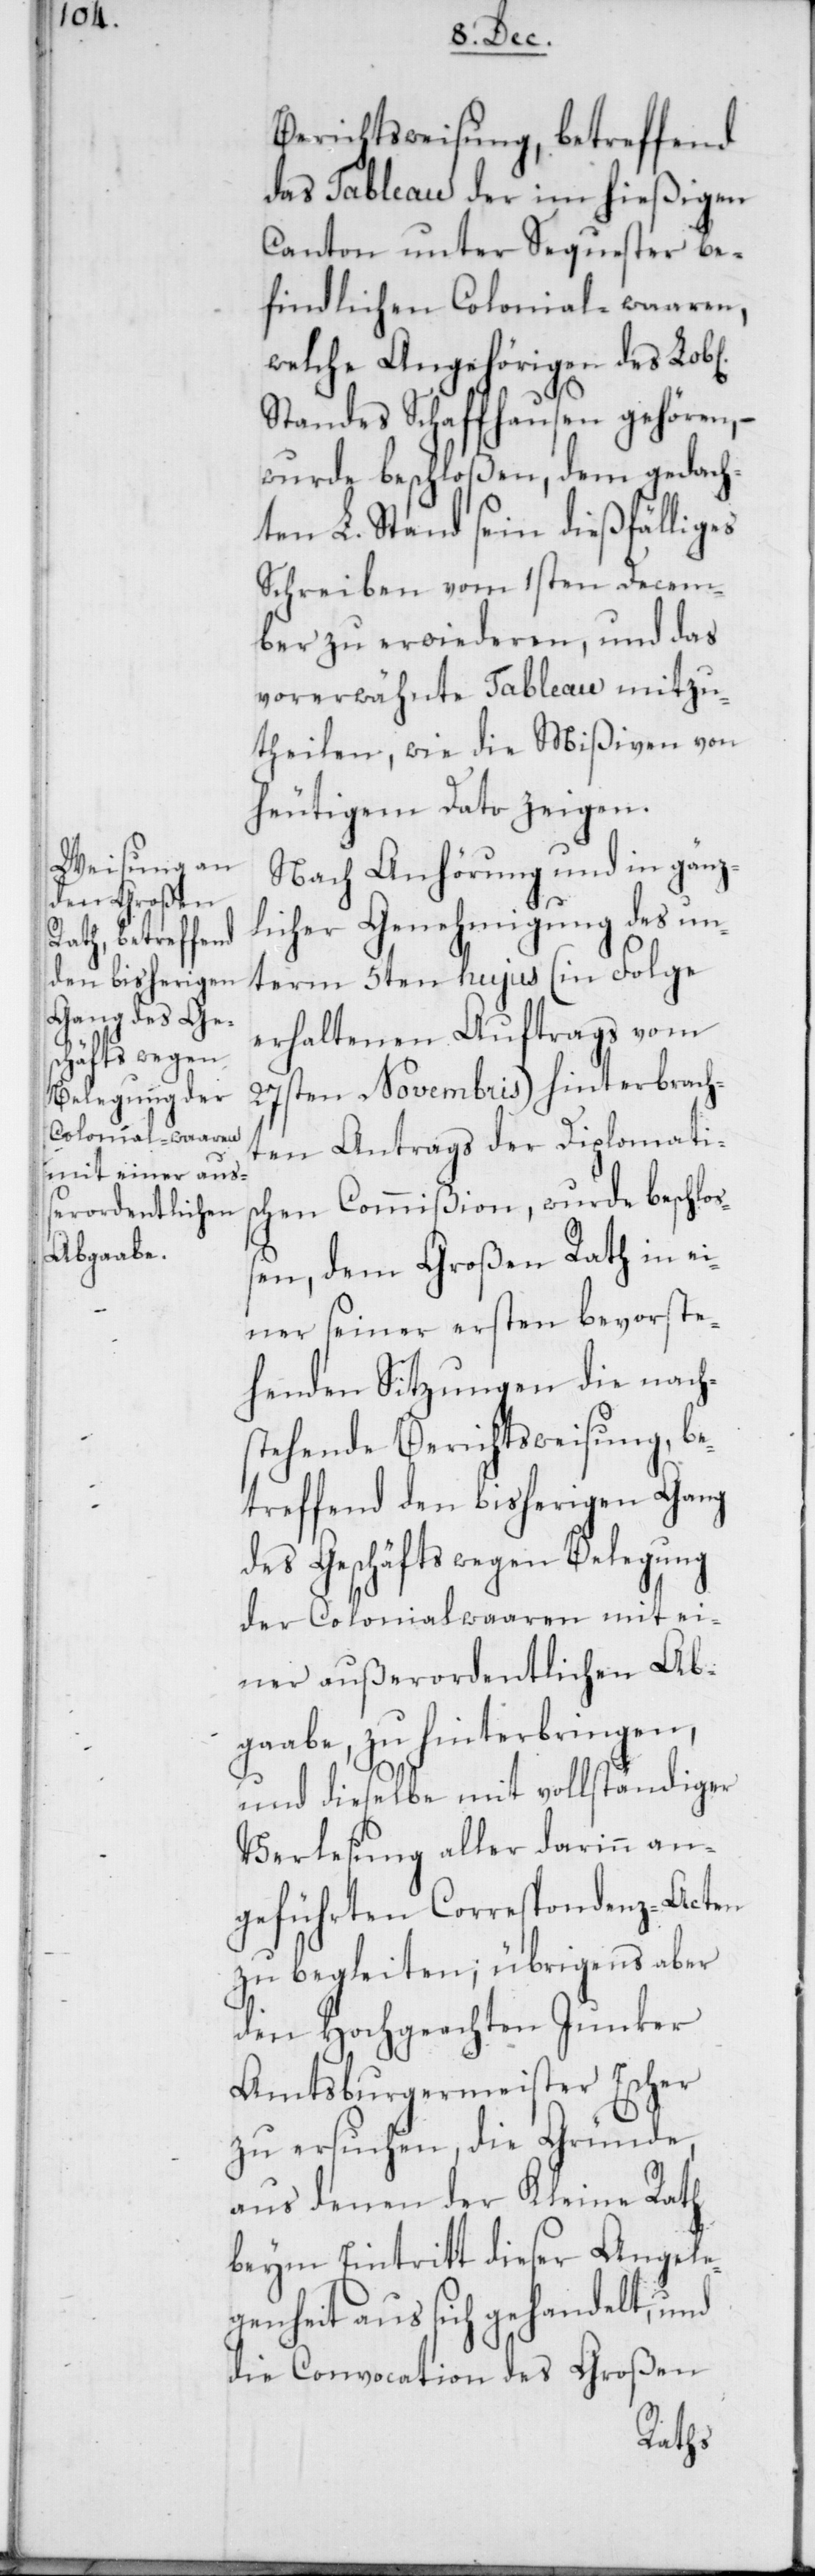
ichen]
Berichtsweisung, betreffend
das Tableau der im hießigen
Canton unter Sequester be¬
findlichen Colonial-waaren,
welche Angehörigen des Lob[l¬
Standes Schaffhausen gehören, –
wurde beschloßen, dem gedach¬
ten L. Stand sein dießfälliges
Schreiben vom 1sten Decem¬
ber zu erwiederen, und das
vorerwähnte Tableau mitzu¬
theilen, wie die Mißiven von
heutigem Dato zeigen.
Nach Anhörung und in gänz¬
licher Genehmigung des un¬
term 5ten hujus (in Folge
erhaltenen Auftrags vom
27sten Novembris) hinterbrach¬
ten Antrags der Diplomatis¬
chen Commißion, wurde beschlo¬
ßen, dem Großen Rath in ei¬
ner seiner ersten bevorste¬
henden Sitzungen die nachs¬
tehende Berichtsweisung, be¬
treffend den bisherigen Gang
des Geschäfts wegen Belegung
der Colonialwaaren mit ei¬
ner außerordentlichen Ab¬
gabe, zu hinterbringen,
und dieselbe mit vollständiger
Verlesung aller darinn an¬
geführten Correspondenz-Acten
zu begleiten; übrigens aber
den hochgeachten Junker
Amtsburgermeister Escher
zu ersuchen, die Gründe,
aus denen der Kleine Rath
beym Eintritt dieser Angele¬
genheit aus sich gehandelt, und
die Convocation des Großen